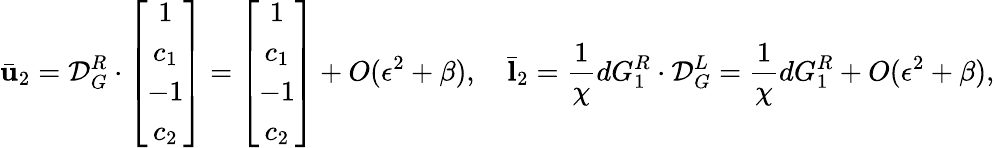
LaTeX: \bar{\mathbf{u}}_{2}=\mathcal{D}_{G}^{R}\cdot\left[\begin{array}{cccc}{1}\\ {c_{1}}\\ {-1}\\ {c_{2}}\end{array}\right]=\left[\begin{array}{cccc}{1}\\ {c_{1}}\\ {-1}\\ {c_{2}}\end{array}\right]+O(\epsilon^{2}+\beta),\quad\bar{\mathbf{l}}_{2}=\frac{1}{\chi}dG_{1}^{R}\cdot\mathcal{D}_{G}^{L}=\frac{1}{\chi}dG_{1}^{R}+O(\epsilon^{2}+\beta),